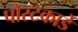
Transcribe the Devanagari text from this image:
पोस्टकार्डे